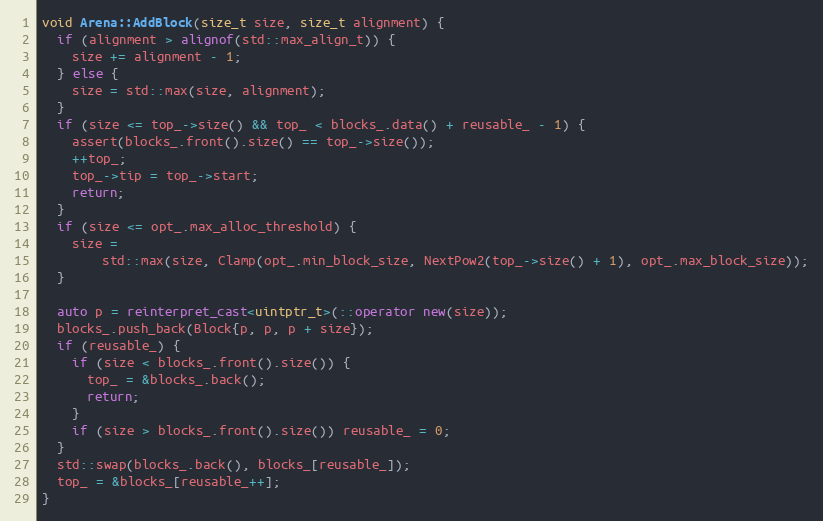
Language: C++
void Arena::AddBlock(size_t size, size_t alignment) {
  if (alignment > alignof(std::max_align_t)) {
    size += alignment - 1;
  } else {
    size = std::max(size, alignment);
  }
  if (size <= top_->size() && top_ < blocks_.data() + reusable_ - 1) {
    assert(blocks_.front().size() == top_->size());
    ++top_;
    top_->tip = top_->start;
    return;
  }
  if (size <= opt_.max_alloc_threshold) {
    size =
        std::max(size, Clamp(opt_.min_block_size, NextPow2(top_->size() + 1), opt_.max_block_size));
  }

  auto p = reinterpret_cast<uintptr_t>(::operator new(size));
  blocks_.push_back(Block{p, p, p + size});
  if (reusable_) {
    if (size < blocks_.front().size()) {
      top_ = &blocks_.back();
      return;
    }
    if (size > blocks_.front().size()) reusable_ = 0;
  }
  std::swap(blocks_.back(), blocks_[reusable_]);
  top_ = &blocks_[reusable_++];
}